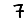
Digit: 7